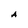
Character: A